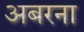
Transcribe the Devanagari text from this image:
अबरना